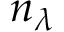
n _ { \lambda }